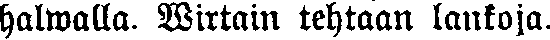
halwalla. Wirtain tehtaan lankoja.